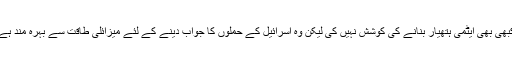
سابق امریکی سینیٹر کا کہنا ہے کہ ایران نے کبھی بھی ایٹمی ہتھیار بنانے کی کوشش نہیں کی لیکن وہ اسرائیل کے حملوں کا جواب دینے کے لئے میزائلی طاقت سے بہرہ مند ہے اور اسرائیل کو اسی بات سے خوف لاحق ہے۔